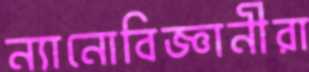
ন্যানোবিজ্ঞানীরা